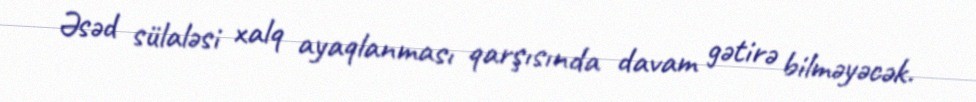
Əsəd sülaləsi xalq ayaqlanması qarşısında davam gətirə bilməyəcək.